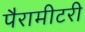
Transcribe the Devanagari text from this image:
पैरामीटरी